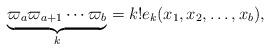
LaTeX: \begin{align*}\underbrace{\varpi_{a}\varpi_{a+1}\cdots\varpi_{b}}_{k} = k! e_k(x_1,x_2,\ldots,x_b) ,\end{align*}